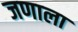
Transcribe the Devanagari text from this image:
जणाला